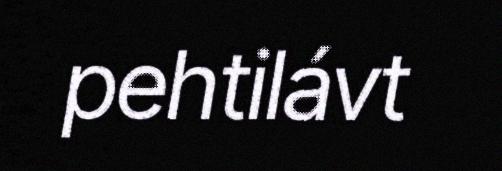
pehtilávt